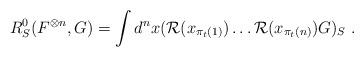
LaTeX: \begin{align*} R^0_S(F^{\otimes n},G)=\int d^n x ({\mathcal R}(x_{\pi_t(1)})\ldots {\mathcal R}(x_{\pi_t(n)})G)_S \ .\end{align*}